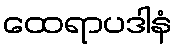
ထေရာပဒါနံ